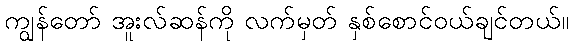
ကျွန်တော် အူးလ်ဆန်ကို လက်မှတ် နှစ်စောင်ဝယ်ချင်တယ်။